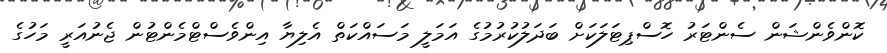
ކޮންވެންޝަން ސެންޓަރު ހޮސްޕިޓަލަކަށް ބަދަލުކުރުމުގެ އަމަލީ މަސައްކަތް އެލިޔާ އިންވެސްޓްމެންޓުން ޖެނުއަރީ މަހުގެ